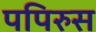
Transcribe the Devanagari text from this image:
पपिरुस